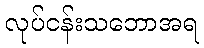
လုပ်ငန်းသဘောအရ